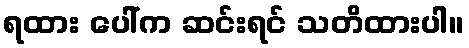
ရထား ပေါ်က ဆင်းရင် သတိထားပါ။